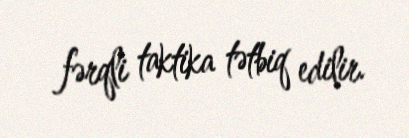
fərqli taktika tətbiq edilir.